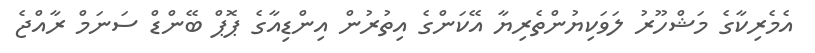
އެމެރިކާގެ މަޝްހޫރު ލަވަކިޔުންތެރިޔާ އޭކަންގެ އިތުރުން އިންޑިއާގެ ޕޮޕް ބޭންޑް ސަނަމް ރާއްޖެ